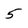
Character: 5